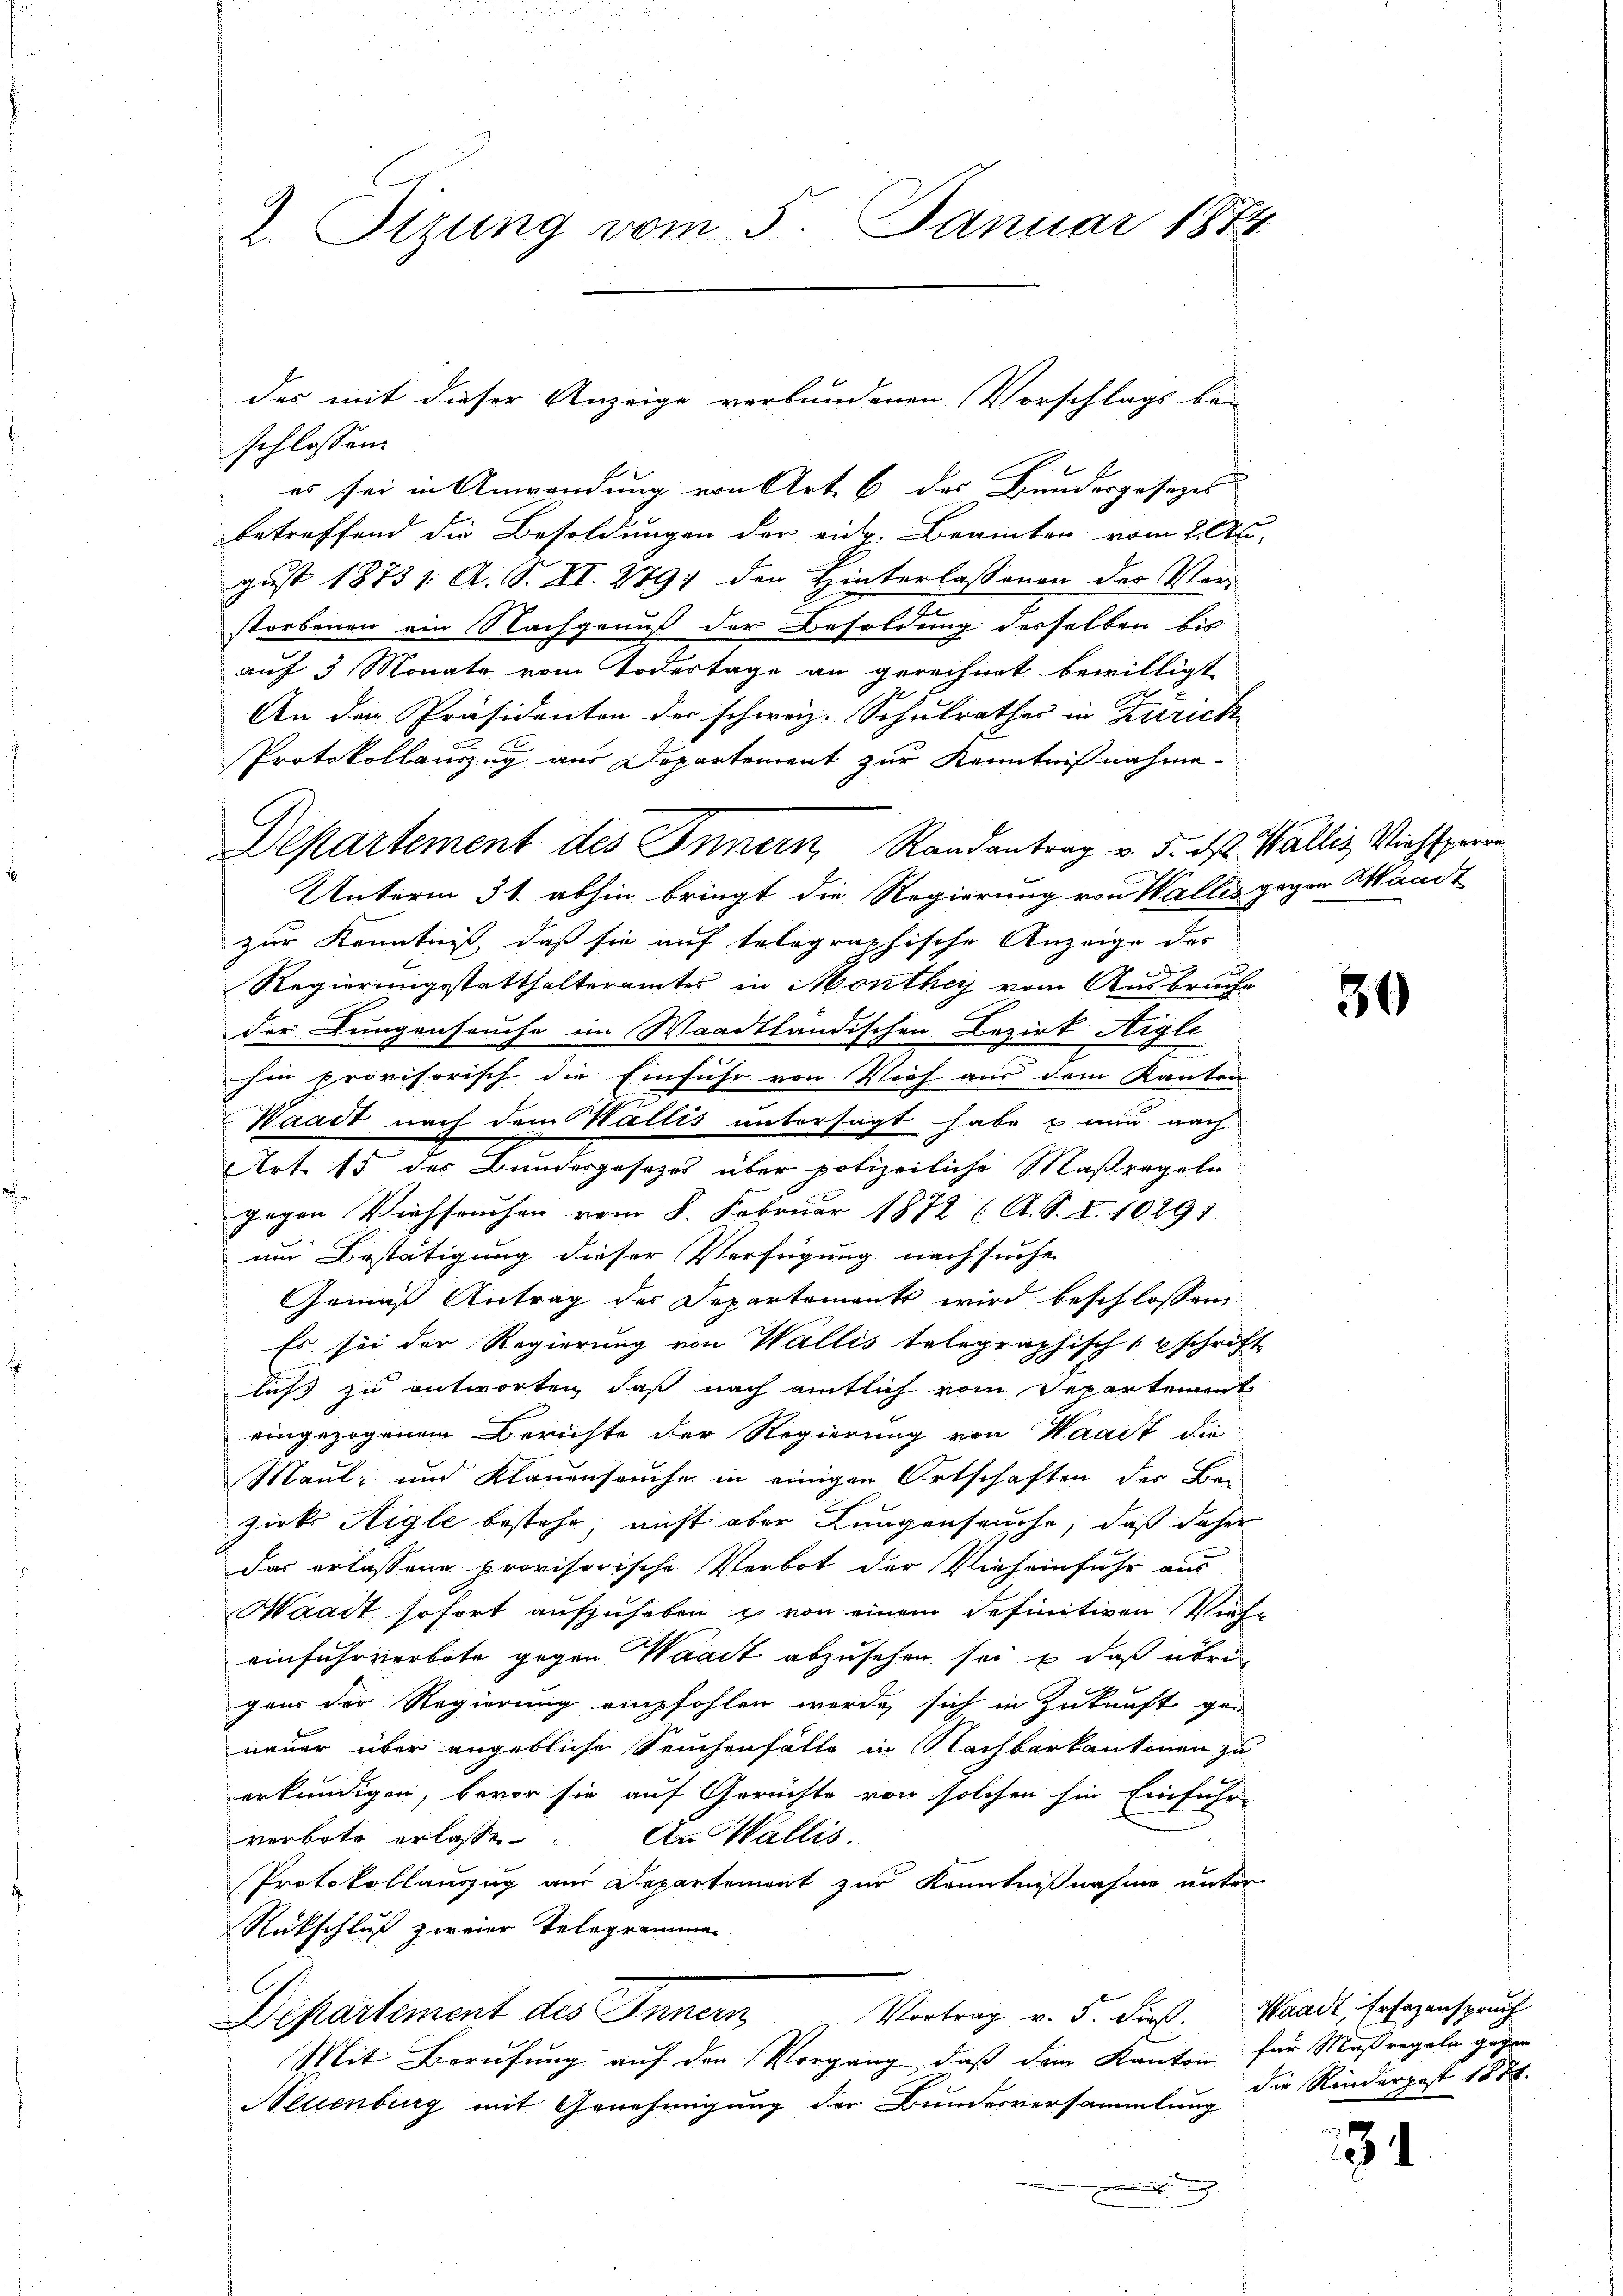
2. Sizung vom 5. Januar 1874

schlossen.
es sei in Anwendung von Art. 6 des Bundesgesezes
betreffend die Besoldungen der eid. Beamten vom 2. Au
gust 18751. A. S. II. 279) den Hinterlassenen des Ver-
storbenen ein Nachgenuß der Besoldung desselben bis
auf 3 Monate vom Todestage an gerechnet bewilligt
An den Präsidenten der schweiz. Schulrathes in Zürich
Protokollauszug aus Departement zur Kenntnißnahme-
Unterm 31. abhin bringt die Regierung von Wallis gegen Waadt
zur Kenntnis, daß sie auf telegraphische Anzeige der
Regierungsstatthalteramtes in Monthey vom Ausbruche
der Lungenseuche im Waadtländischen Bezirk Aigle
hin provisorisch die Einfuhr von Vieh aus dem Kanton
Waadt nach dem Wallis untersagt habe & nun nach
Art 15 des Bundesgesezes über polizeiliche Maßregeln
gegen Viehseuchen vom 8. Februar 1872 (A. S. I. 10291
um Bestätigung dieser Verfügung nachsuche
Gemäß Antrag der Departements wird beschlossen,
Es sei der Regierung von Wallis telegraphisch schrift
lis zu antworten, daß nach amtlich vom Departement
eingezogenem Berichte der Regierung von Waadt die
Maul; und Klauenseuche in einigen Ortschaften der Bei
zirks Aigle bestehe, nicht aber Lungenseuche, daß daher
das erlassene provisorische Verbot der Vieheinfuhr aus
Maait sofort aufzuheben & von einem definitiven Vieheinfuhrverbote gegen Waadt abzusehen sei & daß übri
gens der Regierung empfohlen werde, sich in Zukunft gen
nauer über angebliche Seuchenfalle in Nachbarkantonen zu
erkundigen, bevor sie auf Gerichte von solchen sie Einfuhr-
verbote erlasse. An Wallis,
Protokollanzug aus Departement zur Kenntnißnahme unter
Rückschluß zweier Telegrammen
Vortrag v. 5. dieß. Waadt, Ersezenspruch
Departement des Innern
Mit Berufung auf den Vorgang, daß dem Kanton für Maßregeln gegen
Neuenburg mit Genehmigung der Bunderversammlung die Kinderpost 1874.

des mit dieser Anzeige verbundenen Vorschlags bei

Departement des Innern Randantrag v. 5. ds. Wallis Viehsperr

30

34